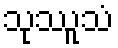
သုဿူသံ